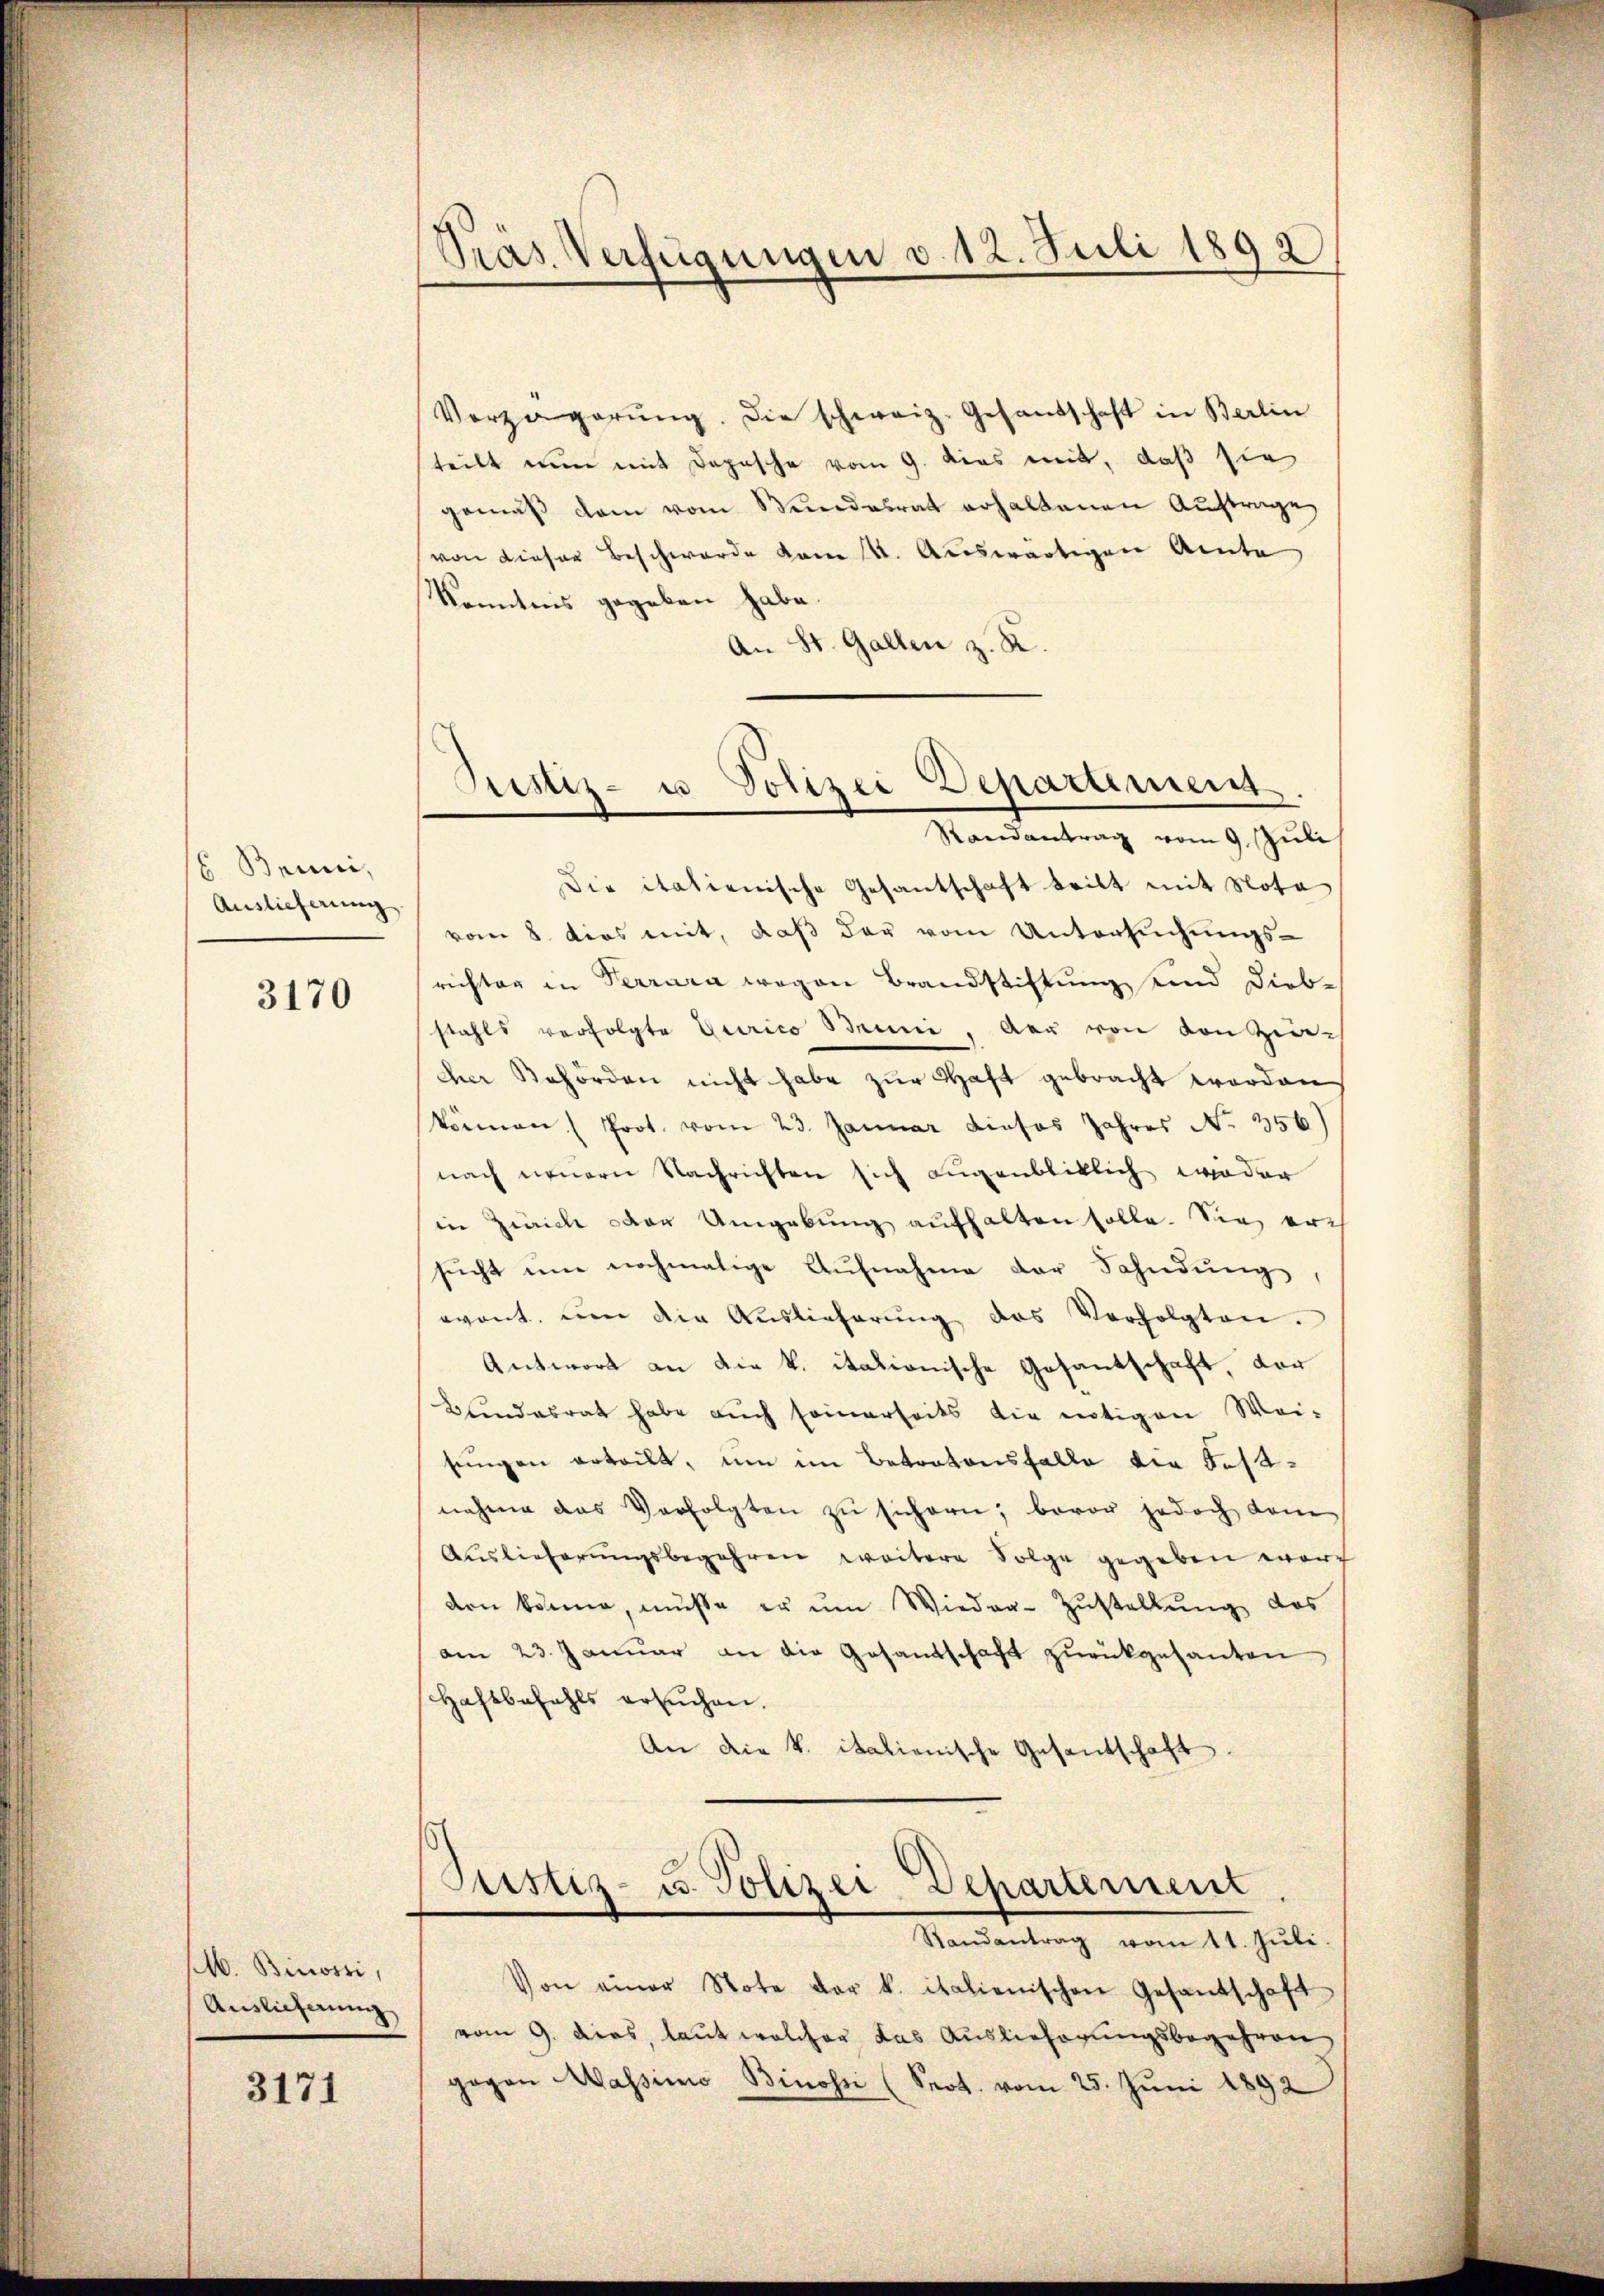
6 Benni,
Auslieferung

3170

. Binossi,
Auslieferung

3171

Präs. Verfügungen v. 12. Juli 1892)

Verzögerŭng. Die schweiz. Gesandschaft in Berlin
teilt nun mit Depesche vom 9. dies mit, daß sie
gemäβ dem vom Stundesrat erhaltenen Auftrage
von dieser Beschwerde vom 14. Auswärtigen Amte
Kenntnis gegeben habe.
An St. Gallen z. K.
Randantrag vom 9. Juli
Die italienische Gesantschaft teilt mit Nota
vom 8. dies mit, daß der vom Untersuchungsrichter in Terrara wegen Brandstiftung und Dieb-
stahls verfolgte Curico Muni, der von von Zin-
cher Behörden nicht habe zur Haft gebracht worden
können Prot. vom 23. Januar dieses Jahres No. 356)
nach neuern Nachrichten sich augenbliklich wieder
in Zürich der Umgebung aufhalten solle. Sie er
sŭcht um nochmalige Aŭfnahme der Fahndŭng,
eont. um die Aŭslieferŭng des Verfolgten.
Antwort an die k. italionische Gesantschaft, der
Bundesrat habe auch seinerseits die nötigen Wei-
sŭngen erteilt, um im Betratonsfalle die Festnahme das Verfolgten zŭ sichern, bevor jedoch dem
Auslieferungsbegehren weitere Folge gegeben word
den könne, müsse er ŭm Wieder-Zŭstellŭng des
am 23. Januar an die Gesandschaft zŭrückgesanten
Haftbefahls ersŭchen.
An die k. italienische Gesantschaft.
Justiz- u. Polizei-Departement
Randantrag vom 11. Jŭli.
Von einer Note der k. italienischen Gesandschaft
vom 9. dies, laut welcher das Auslieferungsbegehren
gegen Massimo Binossi (Sept. vom 25. Juni 1892

Pustiz- u Polizei Departement.